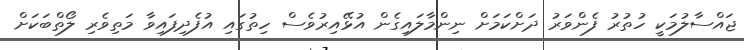
ޖައްސާލުމަކީ ހުތުރު ފެންވަރު ދަށްކަމަށް ނިންމާލައިގެން އުޅޭއިރުވެސް ހިތުގައި އުފެދިފައިވާ މަތިވެރި ލޯތްބަކަށް